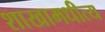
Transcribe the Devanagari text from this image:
शाखामधीत्य